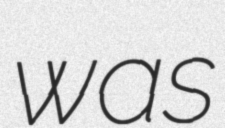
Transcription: was